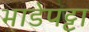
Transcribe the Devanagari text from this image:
भाडेपट्टा